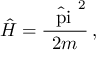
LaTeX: { \hat { H } } = { \frac { \hat { \mathrm { \boldmath ~ \ p i ~ } } ^ { 2 } } { 2 m } } \, ,